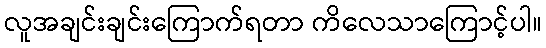
လူအချင်းချင်းကြောက်ရတာ ကိလေသာကြောင့်ပါ။